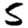
Digit: 5